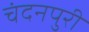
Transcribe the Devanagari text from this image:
चंदनपुरी